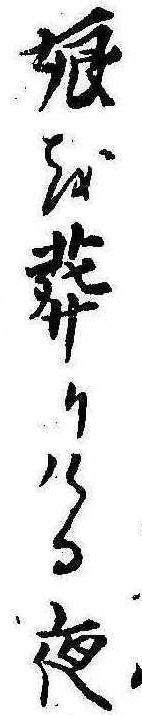
娘を葬りける夜